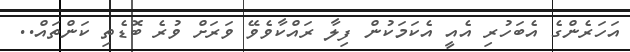
އަހަރެންގެ އެބަހުރި އެއީ އެކަމަކުން ފިލާ ރައްކާވެވޭ ވަރަށް ވުރެ ބޮޑެތި ކަންތައް..